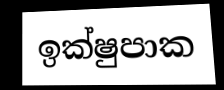
ඉක්ෂුපාක